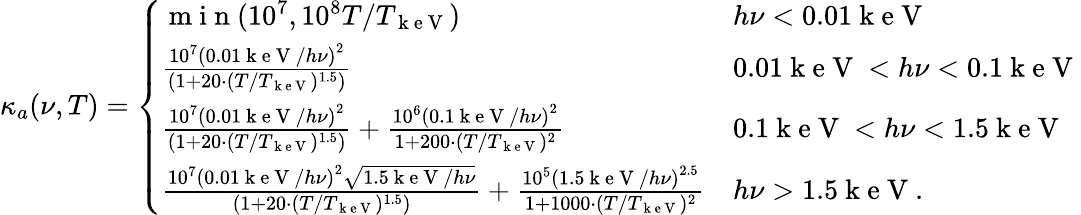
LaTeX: \kappa_{a}(\nu,T)=\left\{ \begin{array}{ll}{\mathrm{~m~i~n~}(10^{7},10^{8}T/T_{\mathrm{~k~e~V~}})}&{h\nu<0.01\mathrm{~k~e~V~}}\\ {\frac{10^{7}\left(0.01\mathrm{~k~e~V~}/h\nu\right)^{2}}{(1+20\cdot(T/T_{\mathrm{~k~e~V~}})^{1.5})}}&{0.01\mathrm{~k~e~V~}<h\nu<0.1\mathrm{~k~e~V~}}\\ {\frac{10^{7}\left(0.01\mathrm{~k~e~V~}/h\nu\right)^{2}}{(1+20\cdot(T/T_{\mathrm{~k~e~V~}})^{1.5})}+\frac{10^{6}\left(0.1\mathrm{~k~e~V~}/h\nu\right)^{2}}{1+200\cdot(T/T_{\mathrm{~k~e~V~}})^{2}}}&{0.1\mathrm{~k~e~V~}<h\nu<1.5\mathrm{~k~e~V~}}\\ {\frac{10^{7}\left(0.01\mathrm{~k~e~V~}/h\nu\right)^{2}\sqrt{1.5\mathrm{~k~e~V~}/h\nu}}{(1+20\cdot(T/T_{\mathrm{~k~e~V~}})^{1.5})}+\frac{10^{5}\left(1.5\mathrm{~k~e~V~}/h\nu\right)^{2.5}}{1+1000\cdot(T/T_{\mathrm{~k~e~V~}})^{2}}}&{h\nu>1.5\mathrm{~k~e~V~}.}\end{array}\right.